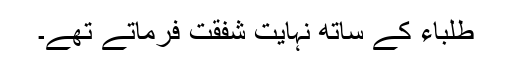
طلباء کے ساتھ نہایت شفقت فرماتے تھے۔